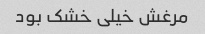
مرغش خیلی خشک بود